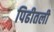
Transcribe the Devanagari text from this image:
पिढीतली